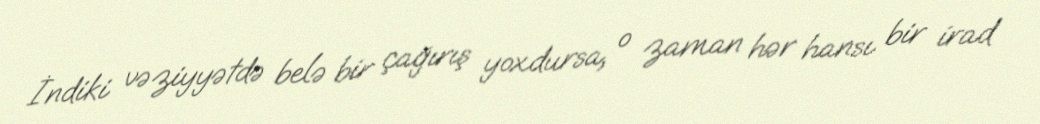
İndiki vəziyyətdə belə bir çağırış yoxdursa, o zaman hər hansı bir irad